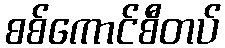
စစ်ကောင်စီတပ်